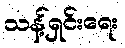
သန့်ရှင်းရေး